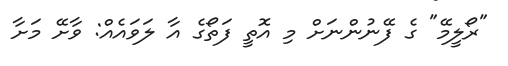
"ރޯލީމޭ" ގެ ފޭނުންނަށް މި އޮތީ ފަތޯގެ އާ ލަވައެއް: ވާށޭ މަށާ